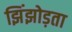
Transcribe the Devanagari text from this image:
झिंझोड़ता